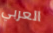
العربي